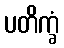
ပတိက္ခံ